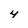
Character: 4